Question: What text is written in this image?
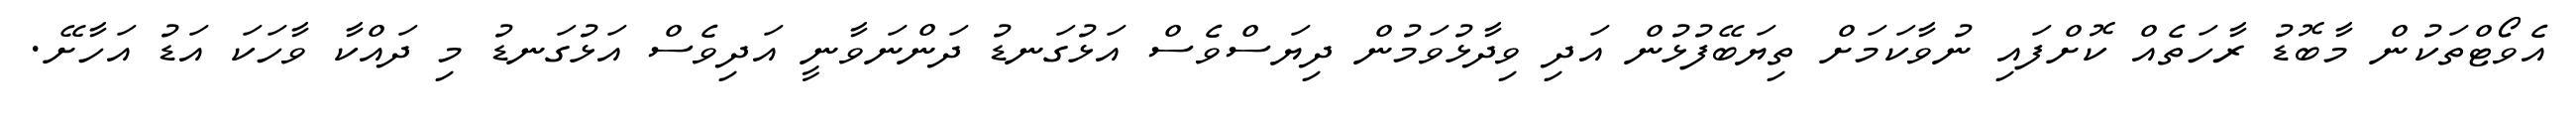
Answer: އެވޯޓްތަކުން މާބޮޑު ރާހަތެއް ކޮށްފައި ނުވާކަމަށް ތިޔަބޭފުޅުން އަދި ވިދާޅުވަމުން ދިޔަސްވެސް އަޅުގަނޑު ދަންނަވާނީ އަދިވެސް އަޅުގަނޑު މި ދައްކާ ވާހަކަ އަޑު އަހާށޭ.